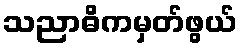
သညာဓိကမှတ်ဖွယ်